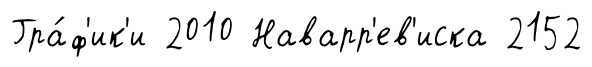
Гра́ф'ик'и 2010 Наварр'ев'иска 2152